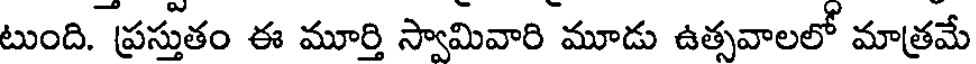
టుంది. ప్రస్తుతం ఈ మూర్తి స్వామివారి మూడు ఉత్సవాలలో మాత్రమే